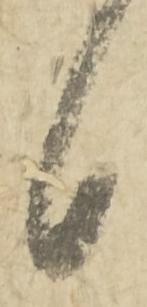
日